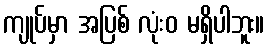
ကျုပ်မှာ အပြစ် လုံးဝ မရှိပါဘူး။